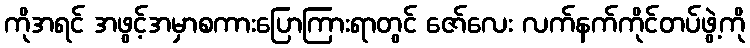
ကိုအရင် အဖွင့်အမှာစကားပြောကြားရာတွင် ဇော်လေး လက်နက်ကိုင်တပ်ဖွဲ့ကို